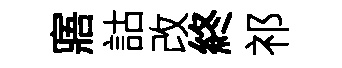
寤詁改終祁